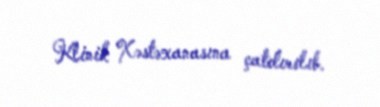
Klinik Xəstəxanasına çatdırılıb.